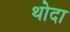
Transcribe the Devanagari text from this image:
थोदा